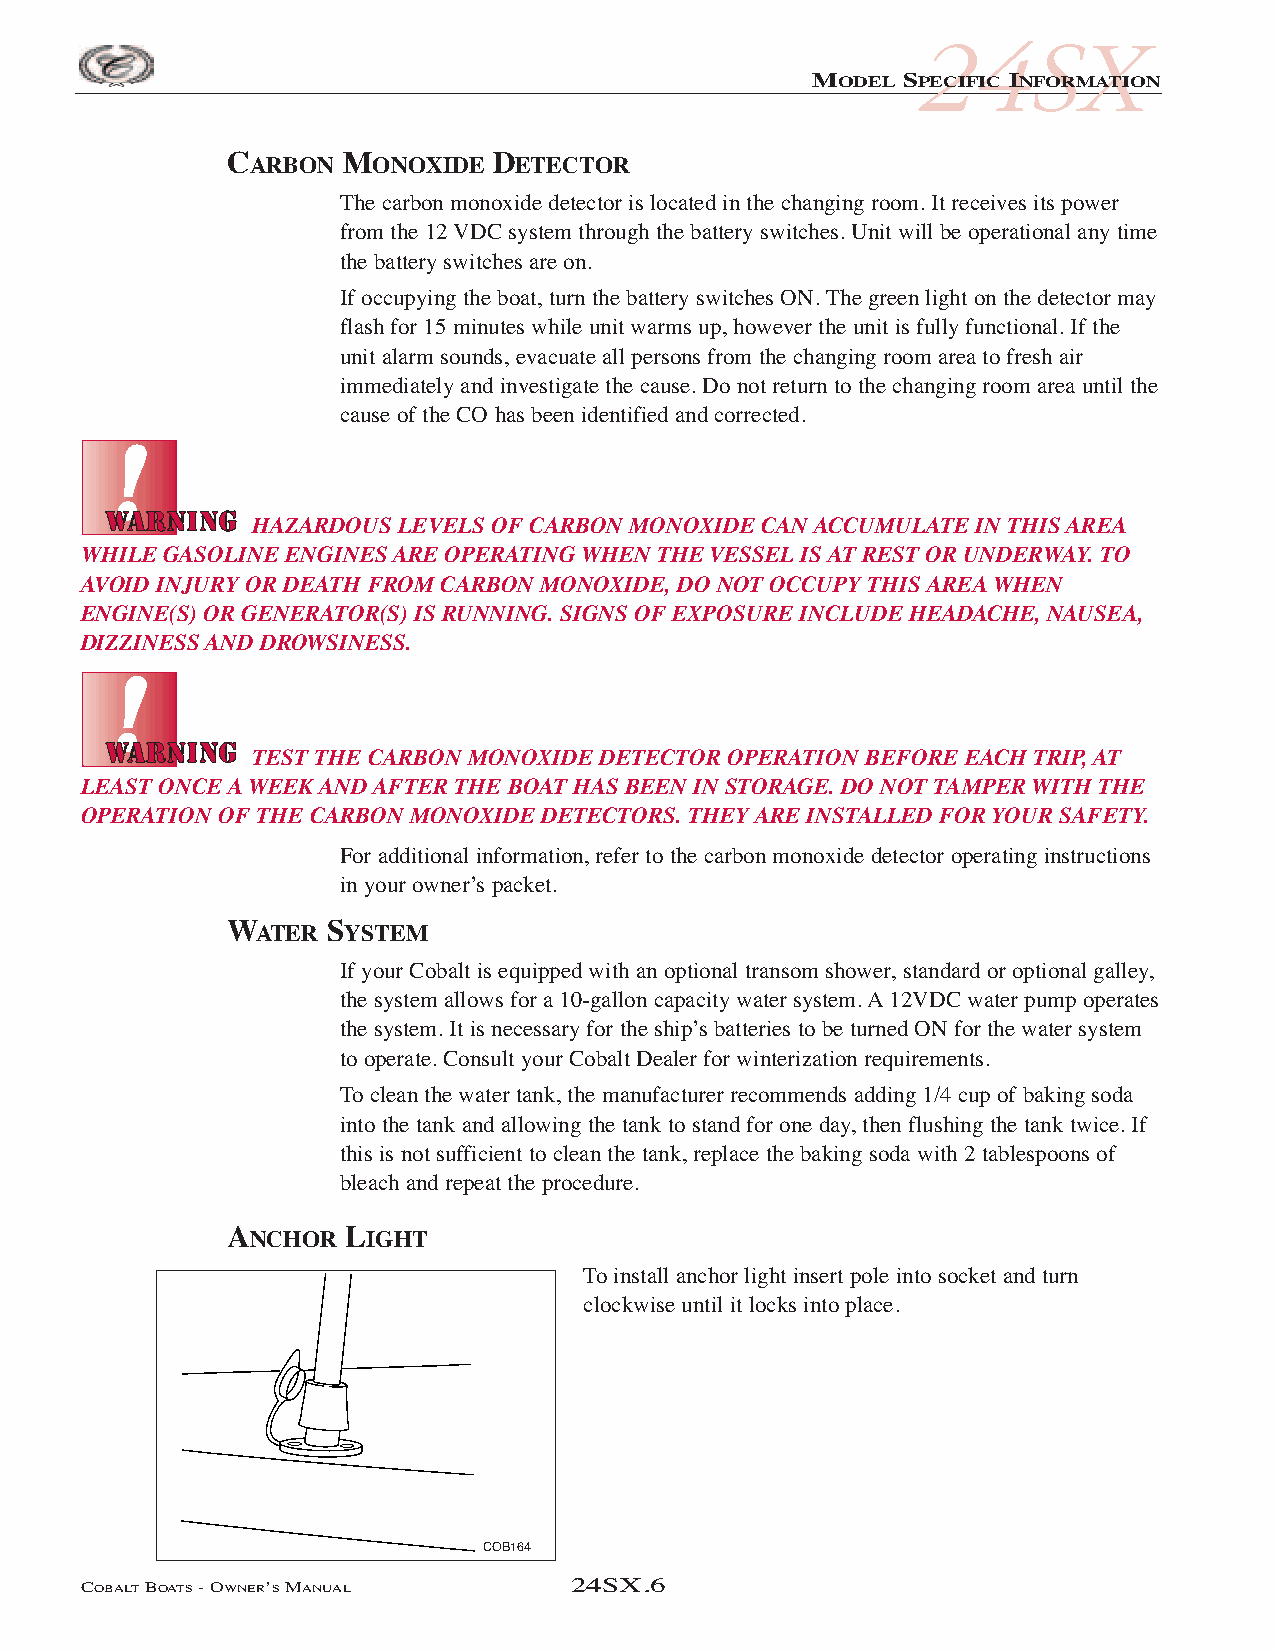
COB_05 Sect 24SX.qxd 3/18/05 9:26 AM Page 6
 24SX
 MODEL SPECIFIC INFORMATION
 CARBON  MONOXIDE  DETECTOR
 The carbon monoxide detector is located in the changing room. It receives its power
 from the 12 VDC system through the battery switches. Unit will be operational any time
 the battery switches are on.
 If occupying the boat, turn the battery switches ON. The green light on the detector may
 flash for 15 minutes while unit warms up, however the unit is fully functional. If the
 unit alarm sounds, evacuate all persons from the changing room area to fresh air
 immediately and investigate the cause. Do not return to the changing room area until the
 cause of the CO has been identified and corrected.
 HAZARDOUS LEVELS OF CARBON MONOXIDE CAN ACCUMULATE IN THIS AREA
 WHILE GASOLINE ENGINES ARE OPERATING WHEN THE VESSEL IS AT REST OR UNDERWAY. TO
 AVOID INJURY OR DEATH FROM CARBON MONOXIDE, DO NOT OCCUPY THIS AREA WHEN
 ENGINE(S) OR GENERATOR(S) IS RUNNING. SIGNS OF EXPOSURE INCLUDE HEADACHE, NAUSEA,
 DIZZINESS AND DROWSINESS.
 TEST THE CARBON MONOXIDE DETECTOR OPERATION BEFORE EACH TRIP, AT
 LEAST ONCE A WEEK AND AFTER THE BOAT HAS BEEN IN STORAGE. DO NOT TAMPER WITH THE
 OPERATION OF THE CARBON MONOXIDE DETECTORS. THEY ARE INSTALLED FOR YOUR SAFETY.
 For additional information, refer to the carbon monoxide detector operating instructions
 in your owner’s packet.
 WATER  SYSTEM
 If your Cobalt is equipped with an optional transom shower, standard or optional galley,
 the system allows for a 10-gallon capacity water system. A12VDC water pump operates
 the system. It is necessary for the ship’s batteries to be turned ON for the water system
 to operate. Consult your Cobalt Dealer for winterization requirements.
 To clean the water tank, the manufacturer recommends adding 1/4 cup of baking soda
 into the tank and allowing the tank to stand for one day, then flushing the tank twice. If
 this is not sufficient to clean the tank, replace the baking soda with 2 tablespoons of
 bleach and repeat the procedure.
 ANCHOR  LIGHT
 To install anchor light insert pole into socket and turn
 clockwise until it locks into place.
 COB164
 COBALTBOATS- OWNER’SMANUAL      24SX.6